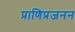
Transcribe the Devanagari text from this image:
प्राणिप्रजनन